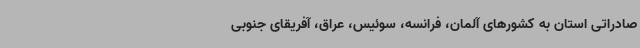
صادراتی استان به کشورهای آلمان، فرانسه، سوئیس، عراق، آفریقای جنوبی